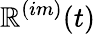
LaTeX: \mathbb{R}^{(im)}(t)